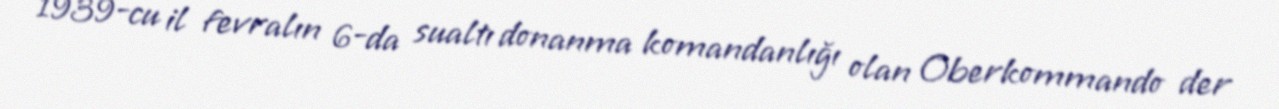
1939-cu il fevralın 6-da sualtı donanma komandanlığı olan Oberkommando der